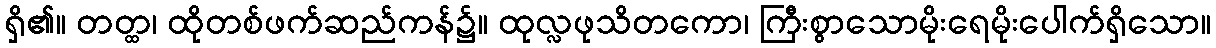
ရှိ၏။ တတ္ထ၊ ထိုတစ်ဖက်ဆည်ကန်၌။ ထုလ္လဖုသိတကော၊ ကြီးစွာသောမိုးရေမိုးပေါက်ရှိသော။